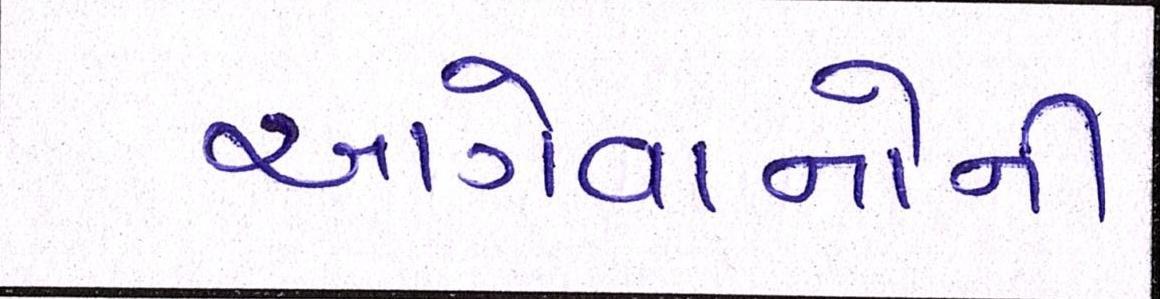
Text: આગેવાનોની